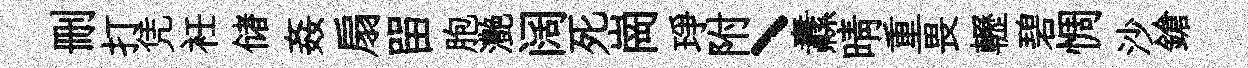
删打凭衽储姦扇㽞胞灔阔死崗琤附丶纛晴重畏轣碧惆沙鎗